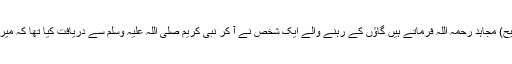
۱؎ (مسند احمد:369/5:قال الشیخ الألبانی:صحیح) مجاہد رحمہ اللہ فرماتے ہیں گاؤں کے رہنے والے ایک شخص نے آ کر نبی کریم صلی اللہ علیہ وسلم سے دریافت کیا تھا کہ میری عورت حمل سے ہے بتلائے کیا بچہ ہوگا ؟